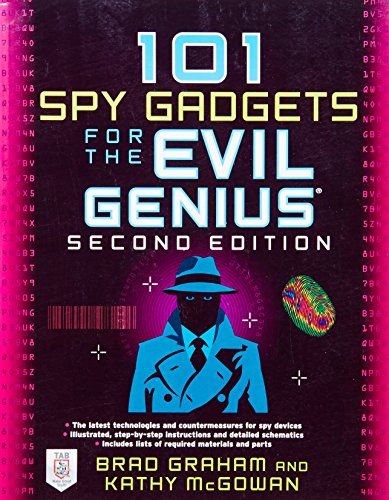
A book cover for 101 Spy Gadgets for the Evil Genius 2/E; Brad Graham ; Computers & Technology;